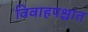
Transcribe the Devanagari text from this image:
विवाहपश्चात